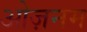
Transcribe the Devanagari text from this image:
ओज़नम